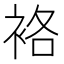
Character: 袼